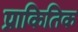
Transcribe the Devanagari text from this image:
प्राकितिक